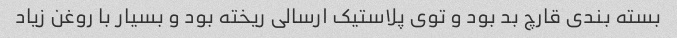
بسته بندی قارچ بد بود و توی پلاستیک ارسالی ریخته بود و بسیار با روغن زیاد